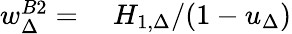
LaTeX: \begin{array}{rl}{w_{\Delta}^{B2}=}&{{}\ H_{1,\Delta}/(1-u_{\Delta})}\end{array}